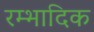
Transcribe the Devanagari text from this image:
रम्‍भादिक